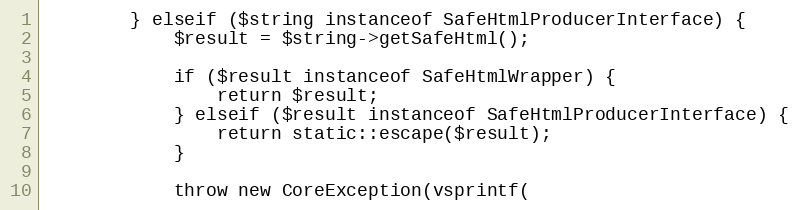
Language: PHP
        } elseif ($string instanceof SafeHtmlProducerInterface) {
            $result = $string->getSafeHtml();

            if ($result instanceof SafeHtmlWrapper) {
                return $result;
            } elseif ($result instanceof SafeHtmlProducerInterface) {
                return static::escape($result);
            }

            throw new CoreException(vsprintf(